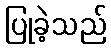
ပြုခဲ့သည်